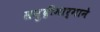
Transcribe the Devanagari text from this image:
समुद्रीमार्गाने